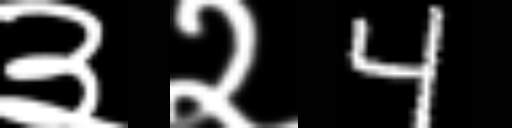
Text: ३२4